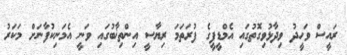
ރައީސް ވަހީދު ވިދާޅުވިގޮތުގައި އެމްޑީޕީގެ ފުރަތަމަ ރިޔާސީ އިންތިޚާބުގައި ވަނީ އެމަނިކުފާނަށް މަކަރު